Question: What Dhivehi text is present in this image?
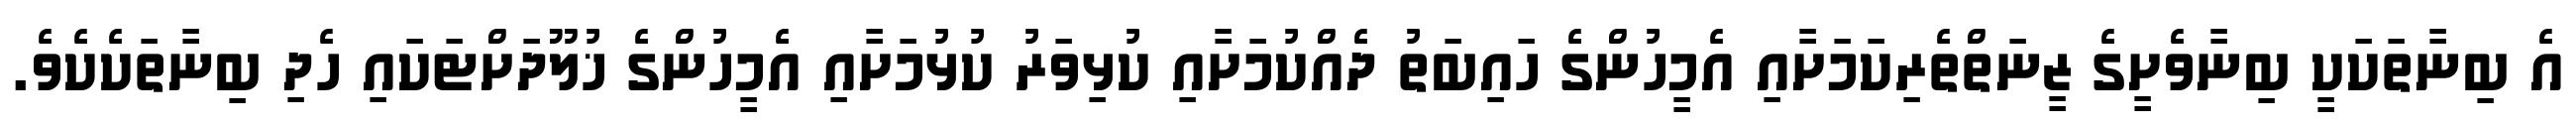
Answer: އެ ބިނާތަކަކީ ބިނާވެށީގެ ޒީނަތްތެރިކަމަށާއި އެމީހުންގެ ހައިބަތު ދެއްކުމަށާއި ކުޅިވަރު ކުޅުމަށާއި އެމީހުންގެ ޚުލޫދަށްޓަކައި ހެދި ބިނާތަކެކެވެ.